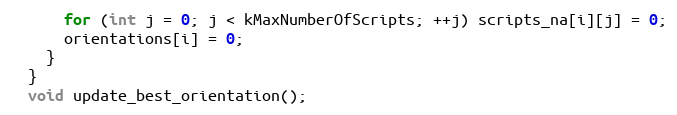
Language: C
      for (int j = 0; j < kMaxNumberOfScripts; ++j) scripts_na[i][j] = 0;
      orientations[i] = 0;
    }
  }
  void update_best_orientation();